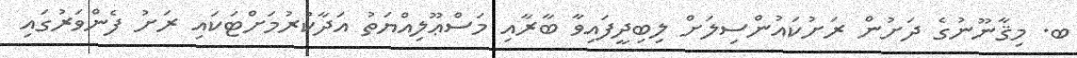
ބ. މިޤާނޫނުގެ ދަށުން ރަށުކައުންސިލަށް ލިބިދީފައިވާ ބާރާއި މަސްޢޫލިއްޔަތު އަދާކުރުމަށްޓަކައި ރަށު ފެންވަރުގައި